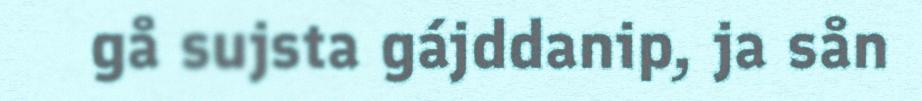
gå sujsta gájddanip, ja sån